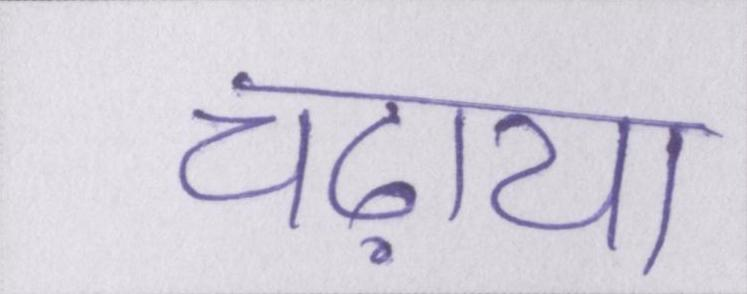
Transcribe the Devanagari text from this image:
चढ़ाया